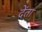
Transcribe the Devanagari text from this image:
देंता